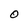
Character: O